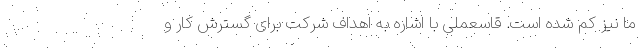
ما نیز کم شده است. قاسعملی با اشاره به اهداف شرکت برای گسترش کار و